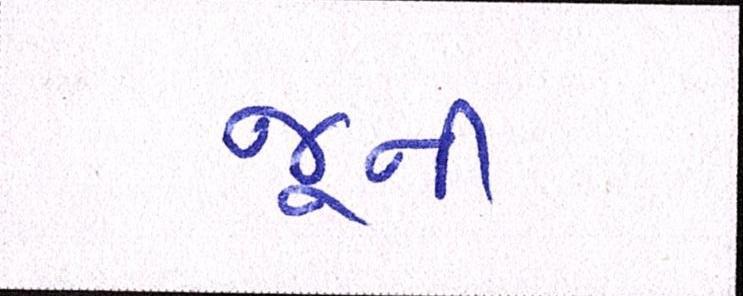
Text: જૂની